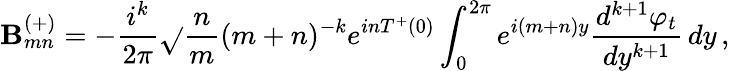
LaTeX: \mathbf{B}_{mn}^{(+)}=-{\frac{{i^{k}}}{{2\pi}}}\sqrt{}{{{\frac{{n}}{{m}}}}}(m+n)^{-k}e^{inT^{+}(0)}\int_{0}^{2\pi}e^{i(m+n)y}{\frac{{d^{k+1}\varphi_{t}}}{{dy^{k+1}}}}\, dy\, ,